Civil Veterinary Department. Madras. Admin. report 1910-25 - 1910-1925
Year: 1910
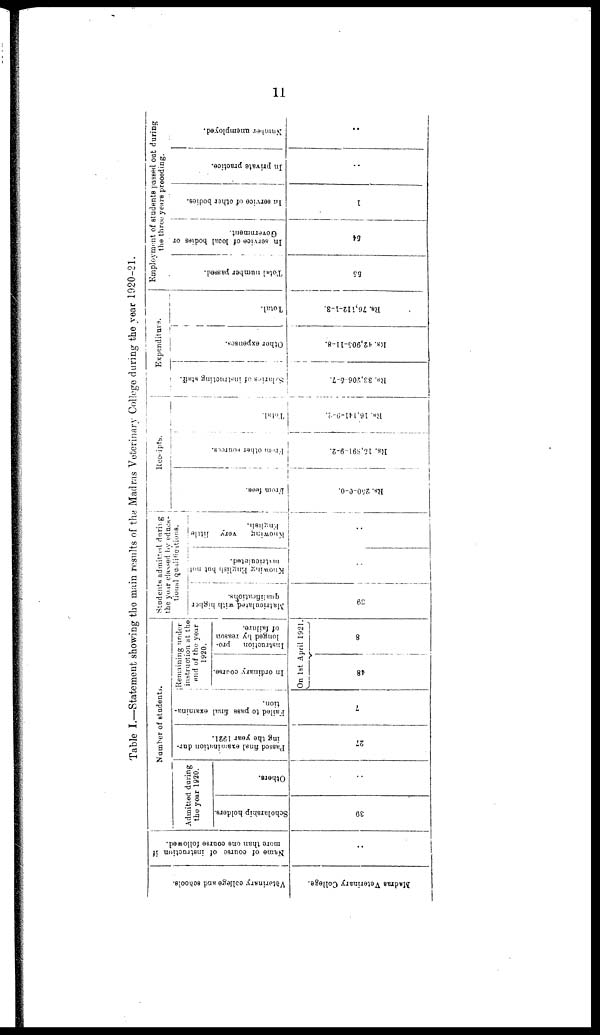
11
Table I.—Statement showing the main results of the Madras Veterinary College during the year 1920-21.
Veterinary college and schools
Madras Veterinary College.
Name of course of instruction if
more than one course followed.
..
Number of students.
Admitted during
the year 1920.
Scholarship holders.
39
Others.
..
Passed final examination dur-
ing the year 1921.
27
Failed to pass final examina-
tion.
7
Remaining under
instruction at the
end of the year
1920.
In ordinary course.
Instruction
pro-
longed by reason
of failure.
On 1st April 1921.
48
8
Students admitted during
the your classed by educa-
tional qualifications.
Matriculated
with higher
qualifications.
39
Knowing English but not
matriculated.
..
Knowing
very little
..
Receipts.
From fees.
Rs. 250-0-0.
From
other sources.
Rs. 15,891-9-2.
Total.
Rs. 16,141-9-2.
Expenditure.
Salaries of instructing staff.
RS. 33,206-5-7.
Other expenses.
Rs. 42,905-11-8.
Total.
Rs. 76,112-1-3.
Employment of students passed out during
the three years preceding.
Total number passed.
55
In service of local
bodies or
Government.
54
In service of other bodies.
1
In private practice.
..
Number unemployed.
..